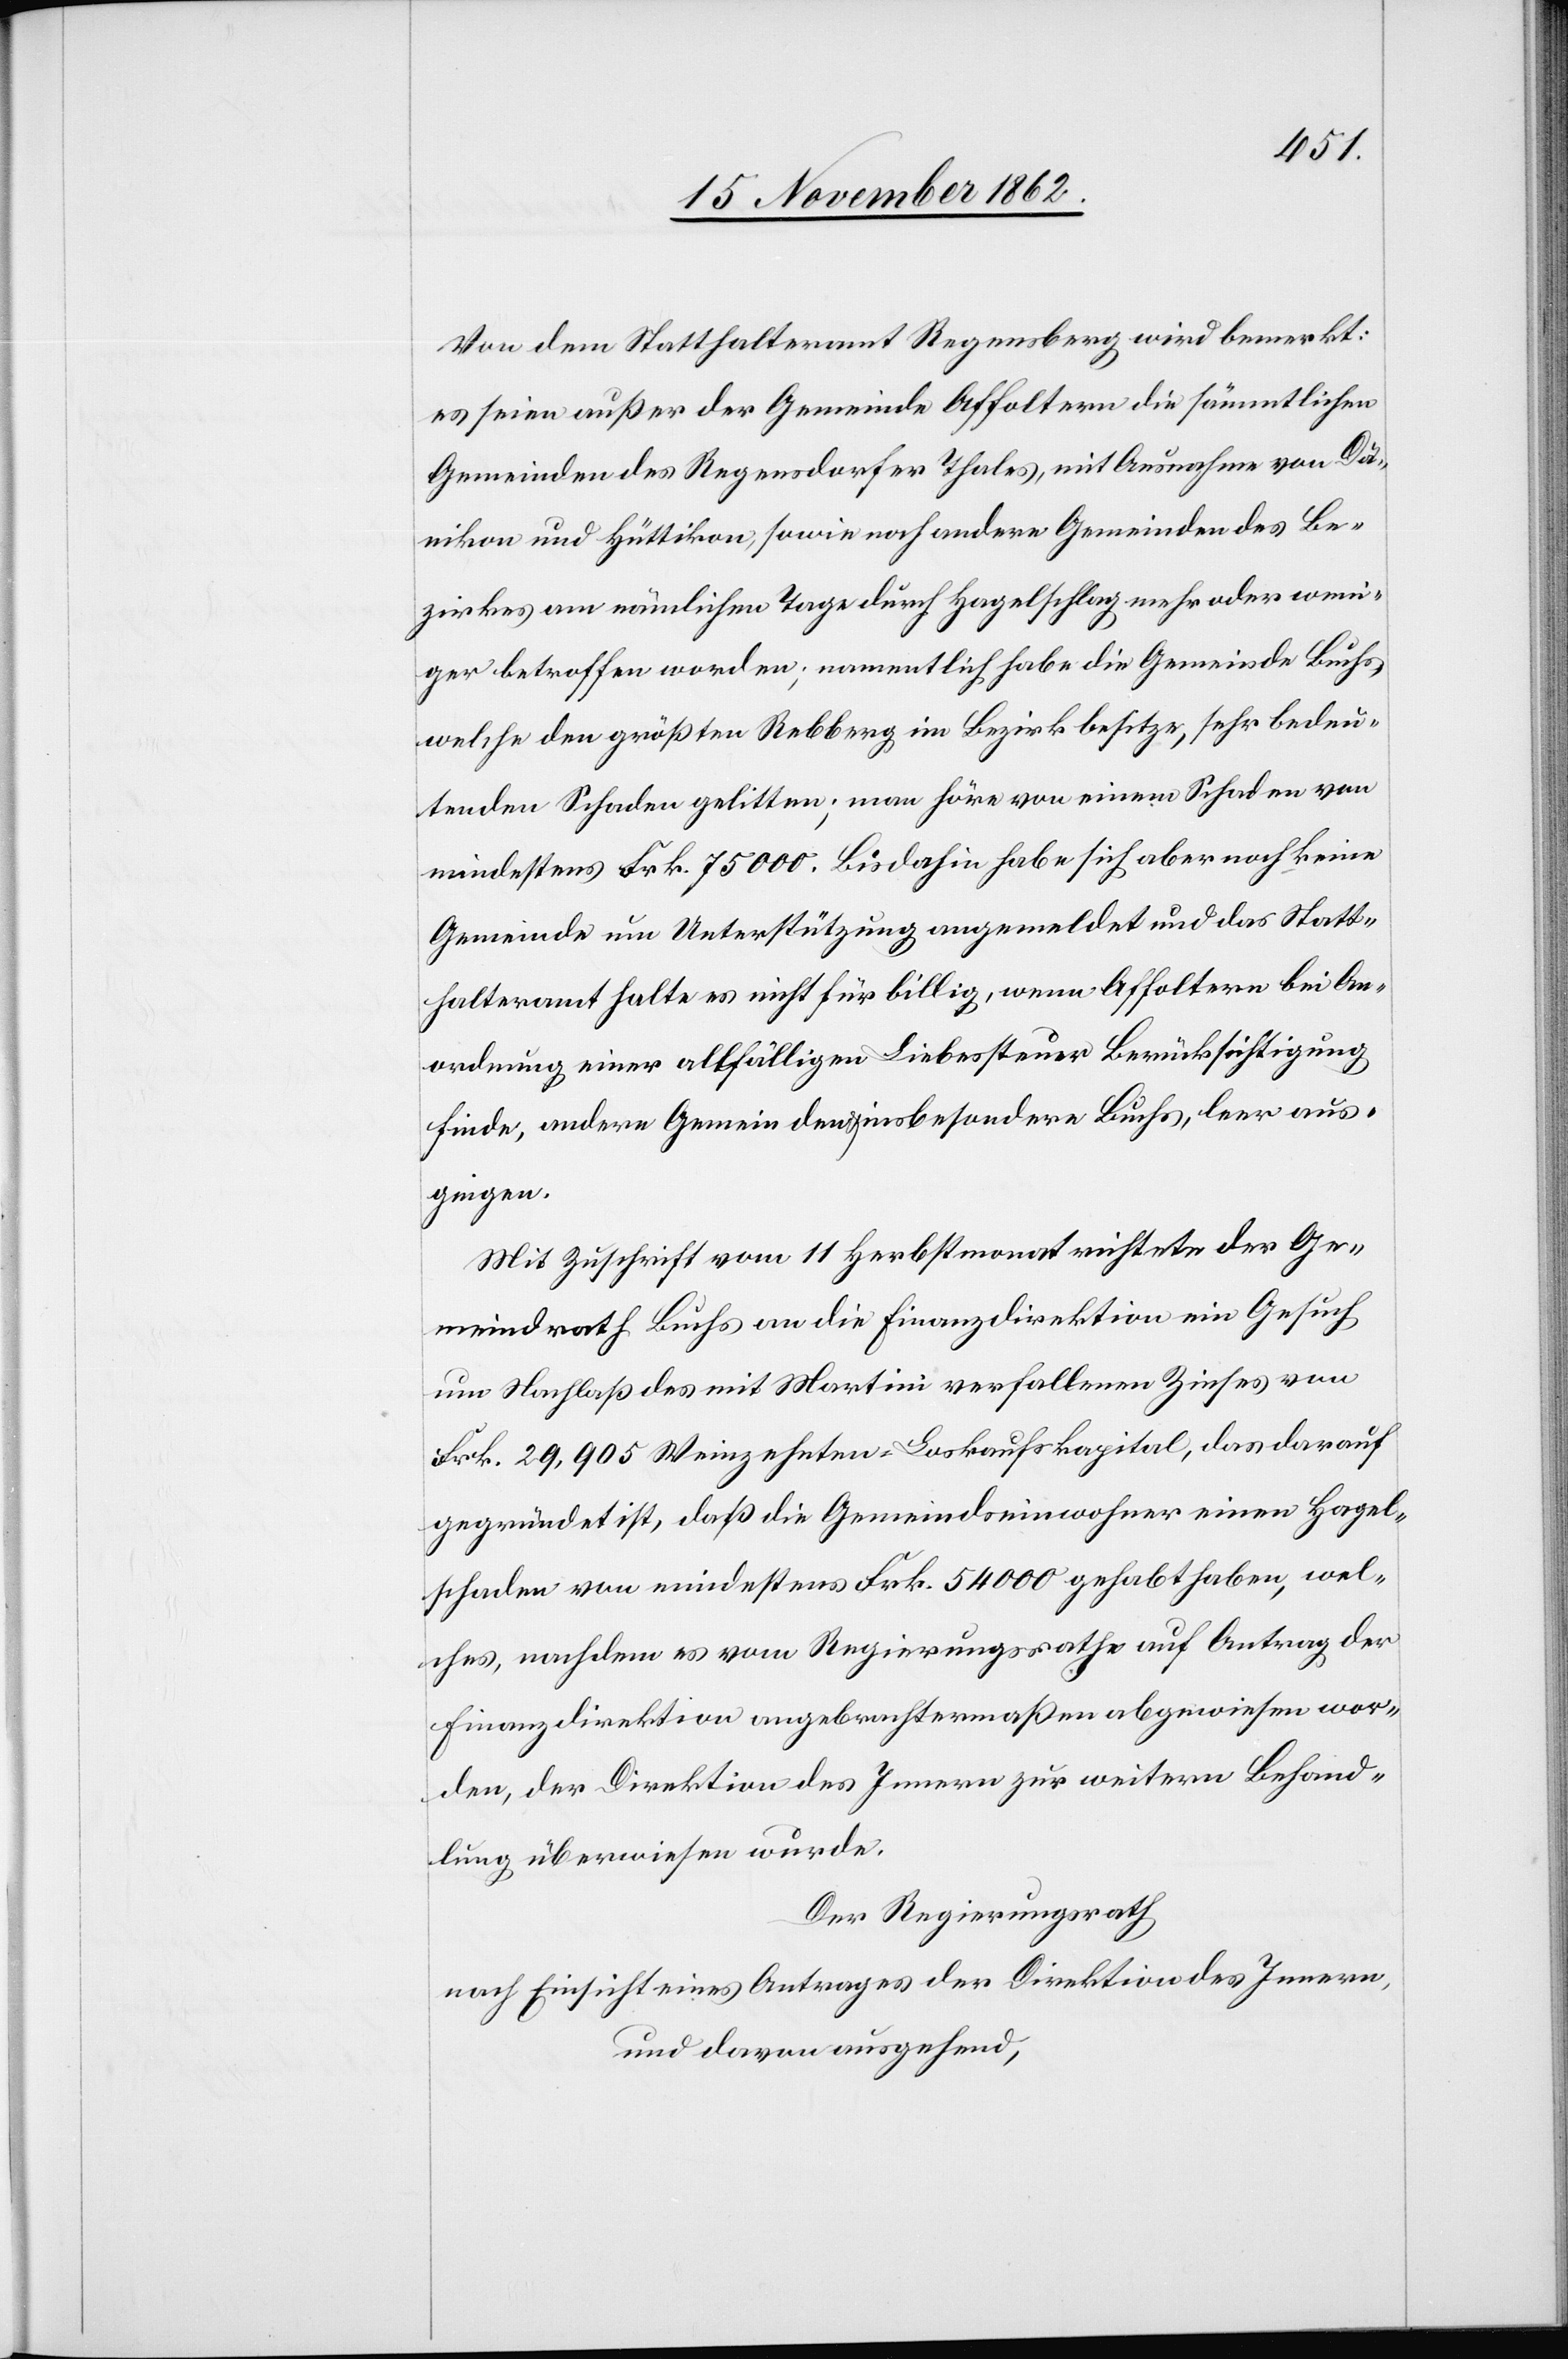
Von dem Statthalteramt Regensberg wird bemerkt:
es seien außer der Gemeinde Affoltern die sämmtlichen
Gemeinden des Regensdorfer Thales, mit Ausnahme von Dä¬
nikon und Hüttikon, sowie noch andere Gemeinden des Be¬
zirkes am nämlichen Tage durch Hagelschlag mehr oder weni¬
ger betroffen worden; namentlich habe die Gemeinde Buchs,
welche den größten Rebberg im Bezirk besitze, sehr bedeu¬
tenden Schaden gelitten; man höre von einem Schaden von
mindestens Frk. 75 000. Bis dahin habe sich aber noch keine
Gemeinde um Unterstützung angemeldet und das Statt¬
halteramt halte es nicht für billig, wenn Affoltern bei An¬
ordnung einer allfälligen Liebessteuer Berücksichtigung
finde, andere Gemeinden u. insbesondere Buchs, leer aus¬
gingen.
Mit Zuschrift vom 11. Herbstmonat richtete der Ge¬
meindrath Buchs an die Finanzdirektion ein Gesuch
um Nachlaß des mit Martini verfallenen Zinses von
Frk. 29,905 Weinzehnten-Loskaufskapital, das darauf
gegründet ist, daß die Gemeindseinwohner einen Hagel¬
schaden von mindestens Frk. 54 000 gehabt haben, wel¬
ches, nachdem es vom Regierungsrathe auf Antrag der
Finanzdirektion angebrachtermaßen abgewiesen wor¬
den, der Direktion des Innern zur weitern Behand¬
lung überwiesen wurde.
Der Regierungsrath
nach Einsicht eines Antrages der Direktion des Innern,
und davon ausgehend,